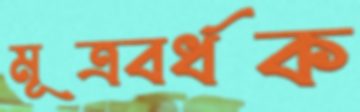
মূত্রবর্ধক